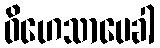
ဝိဟေသာပေခါ